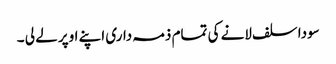
سودا سلف لانے کی تمام ذمہ داری اپنے اوپر لے لی ۔